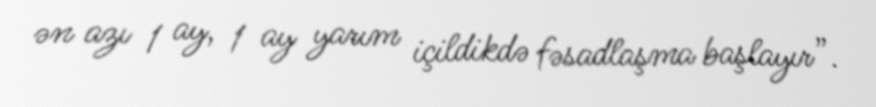
ən azı 1 ay, 1 ay yarım içildikdə fəsadlaşma başlayır”.